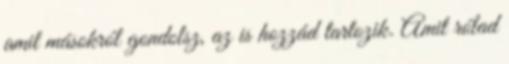
amit másokról gondolsz, az is hozzád tartozik. Amit rólad